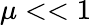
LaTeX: \mu<<1